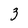
Character: 3